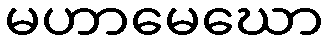
မဟာမေဃော